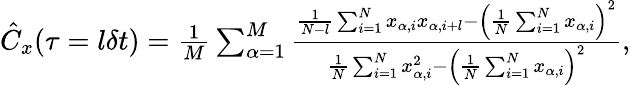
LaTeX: \begin{array}{r}{\hat{C}_{x}(\tau=l\delta t)=\frac{1}{M}\sum_{\alpha=1}^{M}\frac{\frac{1}{N-l}\sum_{i=1}^{N}x_{\alpha,i}x_{\alpha,i+l}-\left(\frac{1}{N}\sum_{i=1}^{N}x_{\alpha,i}\right)^{2}}{\frac{1}{N}\sum_{i=1}^{N}x_{\alpha,i}^{2}-\left(\frac{1}{N}\sum_{i=1}^{N}x_{\alpha,i}\right)^{2}},}\end{array}